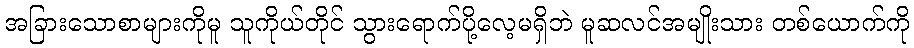
အခြားသောစာများကိုမူ သူကိုယ်တိုင် သွားရောက်ပို့လေ့မရှိဘဲ မူဆလင်အမျိုးသား တစ်ယောက်ကို